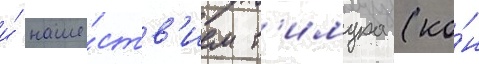
и́ наше́ств'ием т'имура (ко́н